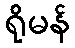
ရိုမန်